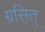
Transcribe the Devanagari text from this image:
ग्रसित्